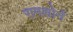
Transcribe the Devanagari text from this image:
रामशोर्न